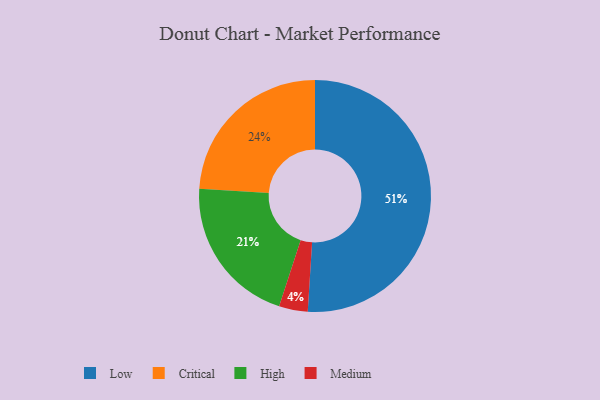
{"axis": {"x": "Category", "y": "Percentage"}, "legend": ["Critical", "High", "Low", "Medium"], "data": [{"x": "Critical", "y": 24, "type": "Critical"}, {"x": "High", "y": 21, "type": "High"}, {"x": "Medium", "y": 4, "type": "Medium"}, {"x": "Low", "y": 51, "type": "Low"}]}